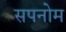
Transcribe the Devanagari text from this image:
सपनोम